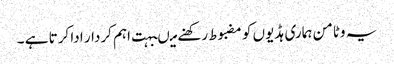
یہ وٹامن ہماری ہڈیوں کو مضبوط رکھنے میںبہت اہم کردار ادا کرتا ہے ۔